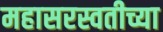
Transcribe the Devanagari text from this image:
महासरस्वतीच्या